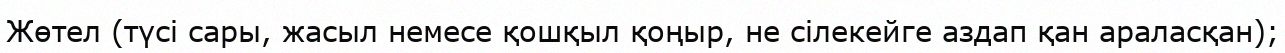
Жөтел (түсі сары, жасыл немесе қошқыл қоңыр, не сілекейге аздап қан араласқан);